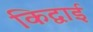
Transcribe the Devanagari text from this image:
किद्वाई